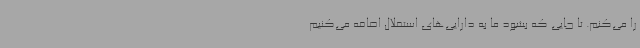
را می‌کنم. تا جایی که بشود ما به دارایی‌های استقلال اضافه می‌کنیم